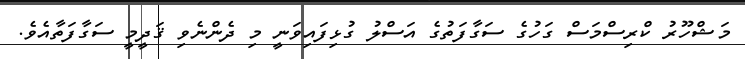
މަޝްހޫރު ކްރިސްމަސް ގަހުގެ ސަގާފަތުގެ އަސްލު ގުޅިފައިވަނީ މި ދެންނެވި ޤަދީމީ ސަގާފަތާއެވެ.